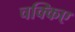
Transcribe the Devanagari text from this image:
चक्किए